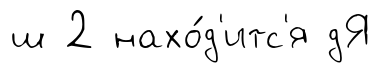
ш 2 нахо́д'итс'я дЯ